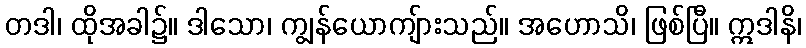
တဒါ၊ ထိုအခါ၌။ ဒါသော၊ ကျွန်ယောကျ်ားသည်။ အဟောသိ၊ ဖြစ်ပြီ။ ဣဒါနိ၊